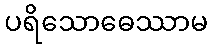
ပရိသောဓေဿာမ